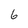
Character: 6